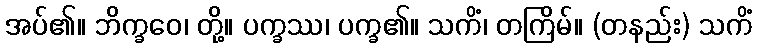
အပ်၏။ ဘိက္ခဝေ၊ တို့။ ပက္ခဿ၊ ပက္ခ၏။ သကိံ၊ တကြိမ်။ (တနည်း) သကိံ